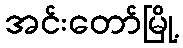
အင်းတော်မြို့